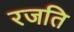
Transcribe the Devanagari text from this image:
रजति